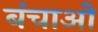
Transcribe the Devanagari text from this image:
बंचाओ